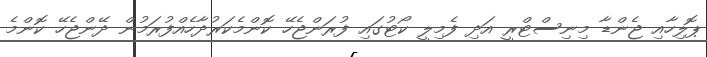
ޕޮލިހާއި ޖެންޑާ މިނިސްޓްރީ އަދި ފެމިލީ ކޯޓުގައި ފުރަންޖެހޭ ކޮންމެކަރުދާހެއްފުރަމުން ދޭންޖެހޭ ކޮންމެ